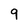
Character: 9